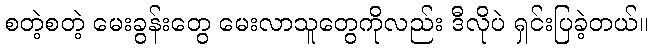
စတဲ့စတဲ့ မေးခွန်းတွေ မေးလာသူတွေကိုလည်း ဒီလိုပဲ ရှင်းပြခဲ့တယ်။